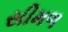
સીમળ